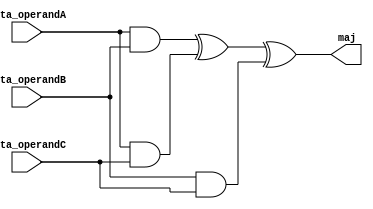
module majority(data_operandA, data_operandB, data_operandC, maj);

    input [31:0] data_operandA, data_operandB, data_operandC;
    output [31:0] maj;

    // maj = (a and b) xor (a and c) xor (b and c)
    assign maj = (data_operandA & data_operandB) ^ (data_operandA & data_operandC) ^ (data_operandB & data_operandC);
	
endmodule